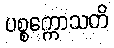
ပစ္စက္ကောသတိ